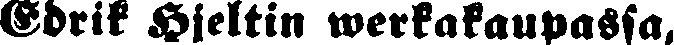
Edrik Hjeltin werkakaupassa,